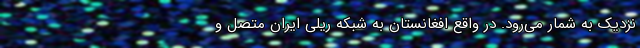
نزدیک به شمار می‌رود. در واقع افغانستان به شبکه ریلی ایران متصل و